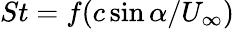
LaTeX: St=f(c\sin\alpha/U_{\infty})